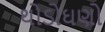
થોડોઘણો